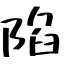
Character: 陷